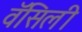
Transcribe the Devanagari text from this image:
वॅसिली